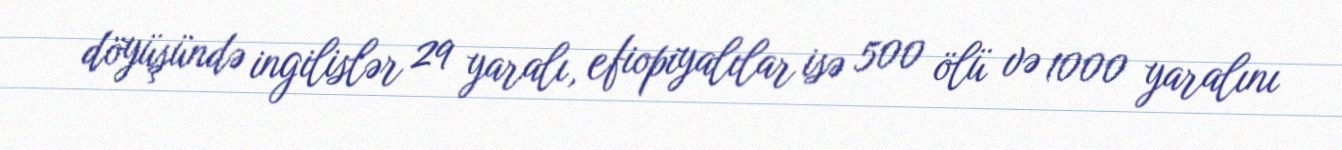
döyüşündə ingilislər 29 yaralı, efiopiyalılar isə 500 ölü və 1000 yaralını